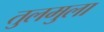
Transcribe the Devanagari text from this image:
तुलमुला